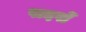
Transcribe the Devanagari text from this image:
पादपोँ